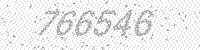
Solution: 766546